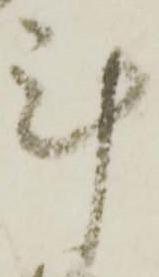
計